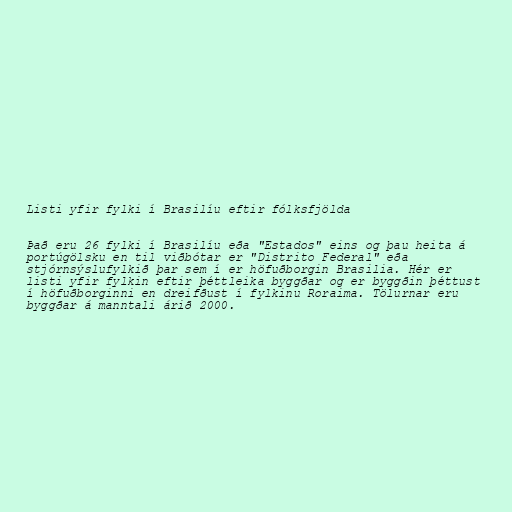
Listi yfir fylki í Brasilíu eftir fólksfjölda

Það eru 26 fylki í Brasilíu eða "Estados" eins og þau heita á
portúgölsku en til viðbótar er "Distrito Federal" eða
stjórnsýslufylkið þar sem í er höfuðborgin Brasilia. Hér er
listi yfir fylkin eftir þéttleika byggðar og er byggðin þéttust
í höfuðborginni en dreifðust í fylkinu Roraima. Tölurnar eru
byggðar á manntali árið 2000.